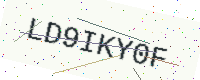
Text: LD9IKY0F